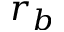
r _ { b }